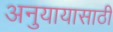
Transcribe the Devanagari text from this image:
अनुयायासाठी